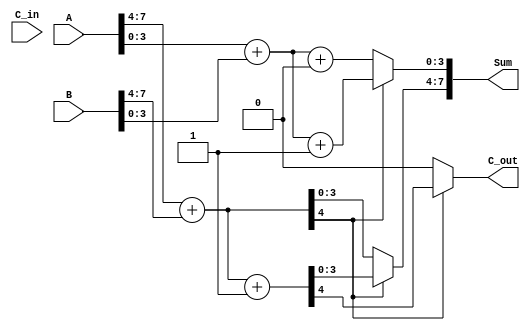
module CarrySelectAdder (
    input [7:0] A,        // 8-bit operand A
    input [7:0] B,        // 8-bit operand B
    input C_in,           // Carry input
    output [7:0] Sum,     // 8-bit sum output
    output C_out          // Carry output
);

    // Intermediate sums and carries for higher and lower blocks
    wire [4:0] S0, S1;    // Sums for higher block (with carry-in 0 and 1)
    wire [4:0] S2, S3;    // Sums for lower block (with carry-in 0 and 1)
    wire C_out_high;      // Carry out from the higher block

    // Higher-order block (A[7:4] + B[7:4])
    assign S0 = A[7:4] + B[7:4];            // S0 (C_in = 0)
    assign S1 = A[7:4] + B[7:4] + 1'b1;     // S1 (C_in = 1)

    // Lower-order block (A[3:0] + B[3:0] + C_in)
    assign S2 = A[3:0] + B[3:0] + 1'b0;     // S2 (C_in = 0)
    assign S3 = A[3:0] + B[3:0] + 1'b1;     // S3 (C_in = 1)

    // Determine carry out from higher block
    assign C_out_high = S0[4]; // Carry out from higher block (S0)

    // Select the appropriate sum for the lower block based on carry out from higher block
    assign Sum[7:4] = (C_out_high) ? S1[3:0] : S0[3:0]; // Select higher block sum
    assign Sum[3:0] = (C_out_high) ? S3[3:0] : S2[3:0]; // Select lower block sum

    // Final carry out
    assign C_out = (C_out_high) ? S1[4] : S0[4]; // Final carry out

endmodule